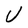
Character: U